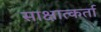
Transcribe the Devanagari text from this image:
साक्षात्कर्ता